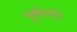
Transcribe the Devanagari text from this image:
पूर्ववत्।